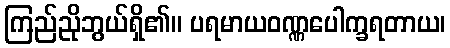
ကြည်ညိုဘွယ်ရှိ၏။ ပရမာယဝဏ္ဏပေါက္ခရတာယ၊